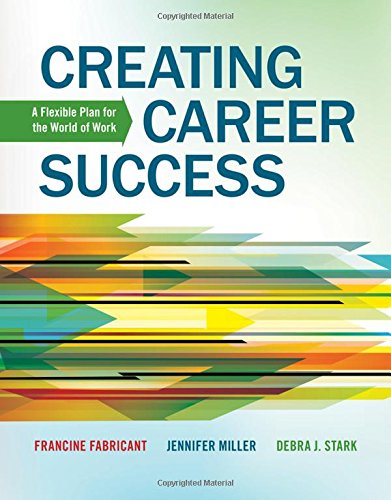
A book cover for Creating Career Success: A Flexible Plan for the World of Work (Explore Our New Career Success 1st Editions); Francine Fabricant; Business & Money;